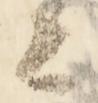
ニ